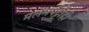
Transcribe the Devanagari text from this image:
मलमपट्टीही